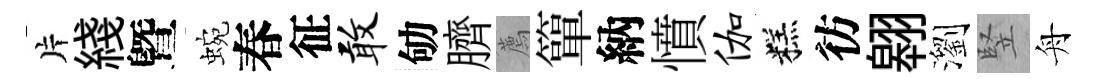
片綫曁蜿春征敢劬臍薦簞納憤伽糕彷翱瀏竪舟